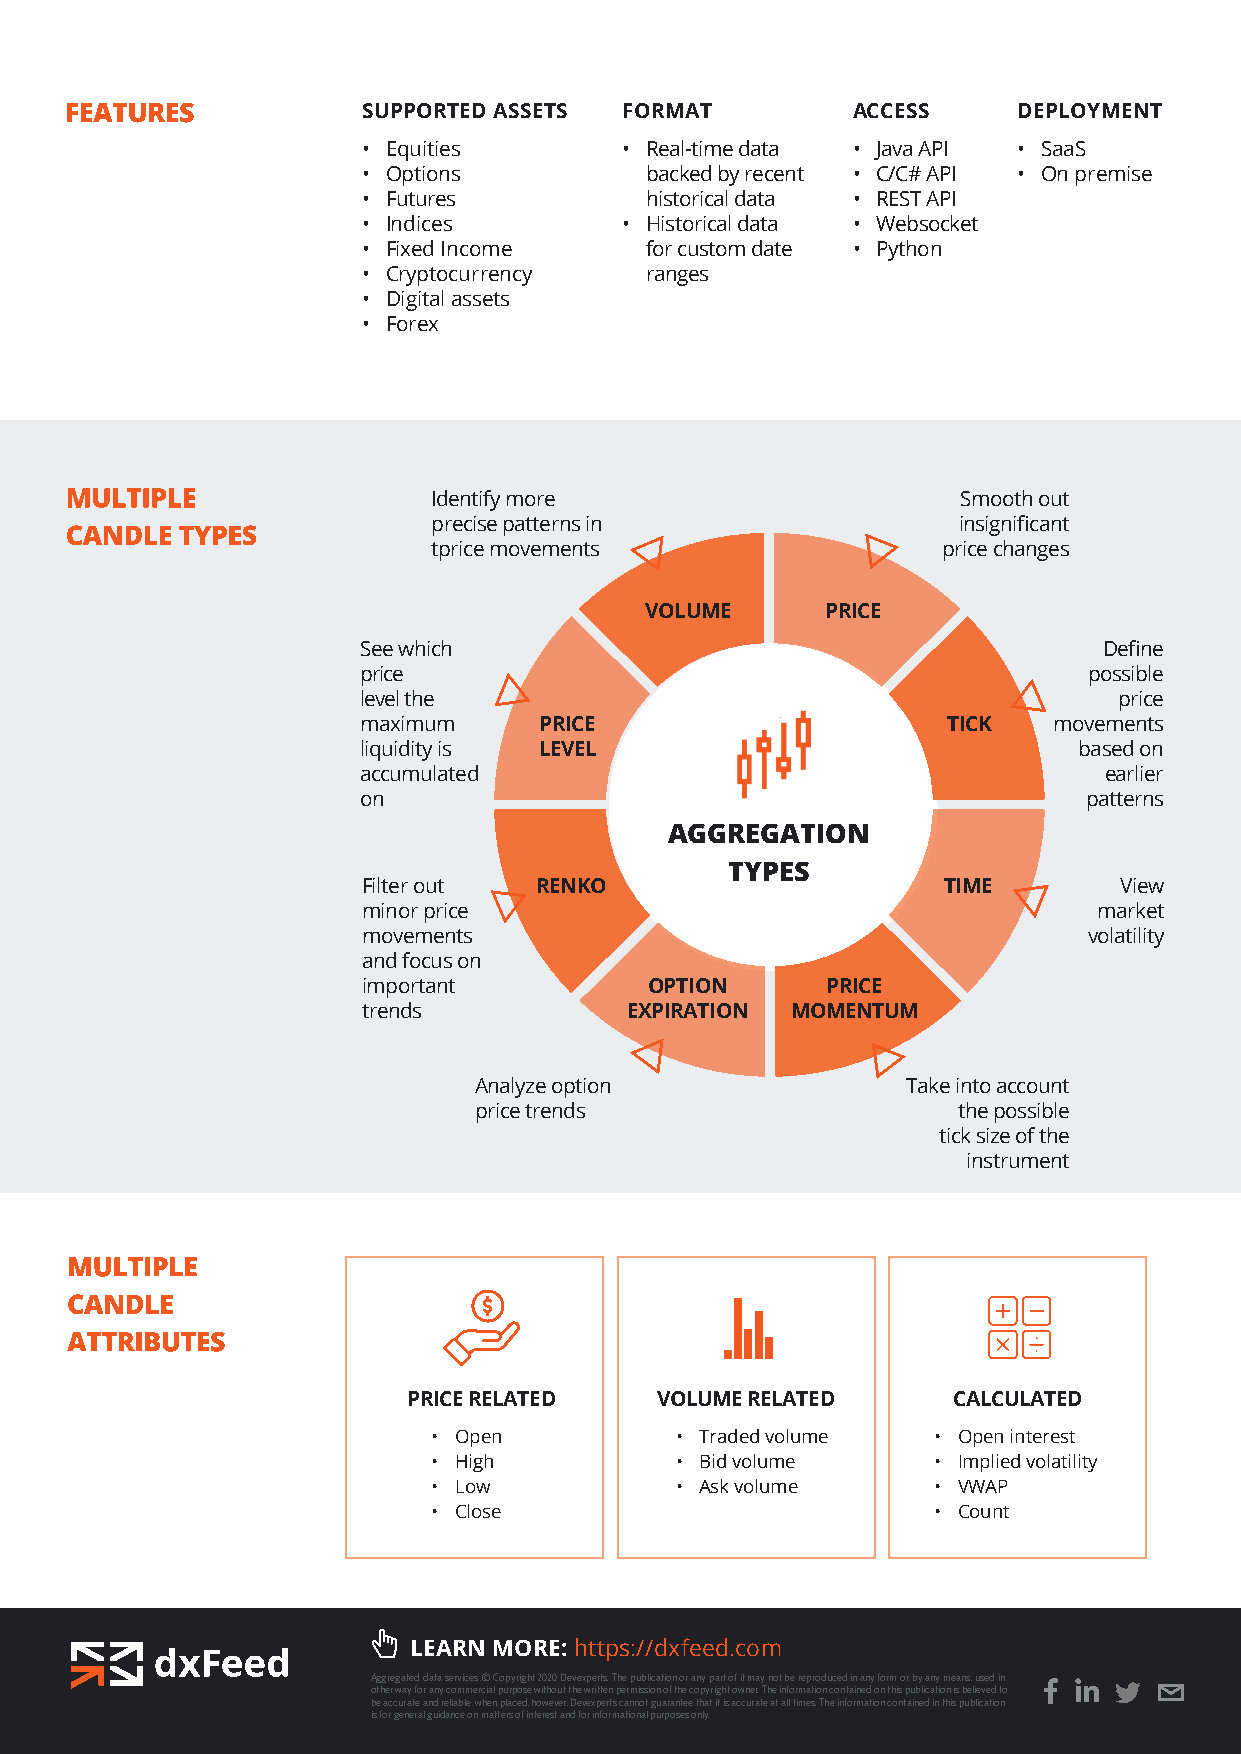
SUPPORTED ASSETS FORMAT         ACCESS     DEPLOYMENT
 • Equities       • Real-time data • Java API • SaaS
 • Options          backed by recent • C/C# API • On premise
 • Futures          historical data • REST API
 • Indices        • Historical data • Websocket
 • Fixed Income     for custom date • Python
 • Cryptocurrency   ranges
 • Digital assets
 • Forex
 Identify more                      Smooth out
 precise patterns in               insignificant
 tprice movements                 price changes
 VOLUME      PRICE
 See which                                        Define
 price                                           possible
 level the                                         price
 maximum     PRICE                      TICK   movements
 liquidity is LEVEL                             based on
 accumulated                                      earlier
 on                                              patterns
 AGGREGATION
 TYPES
 Filter out RENKO                      TIME        View
 minor price                                      market
 movements                                       volatility
 and focus on
 important          OPTION      PRICE
 trends            EXPIRATION MOMENTUM
 Analyze option               Take into account
 price trends                    the possible
 tick size of the
 instrument
 PRICE RELATED   VOLUME RELATED      CALCULATED
 • Open          • Traded volume  • Open interest
 • High          • Bid volume     • Implied volatility
 • Low           • Ask volume     • VWAP
 • Close                          • Count
 LEARN MORE: https://dxfeed.com
 Aggregated data services. © Copyright 2020 Devexperts. The publication or any part of it may not be reproduced in any form or by any means, used in
 other way for any commercial purpose without the written permission of the copyright owner. The information contained on this publication is believed to
 be accurate and reliable, when placed, however, Devexperts cannot guarantee that it is accurate at all times. The information contained in this publication
 is for general guidance on matters of interest and for informational purposes only.